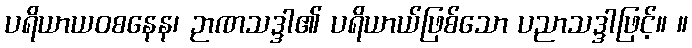
ပရိယာယဝစနေန၊ ဉာဏသဒ္ဒါ၏ ပရိယာယ်ဖြစ်သော ပညာသဒ္ဒါဖြင့်။ ။